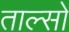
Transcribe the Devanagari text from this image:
ताल्सो